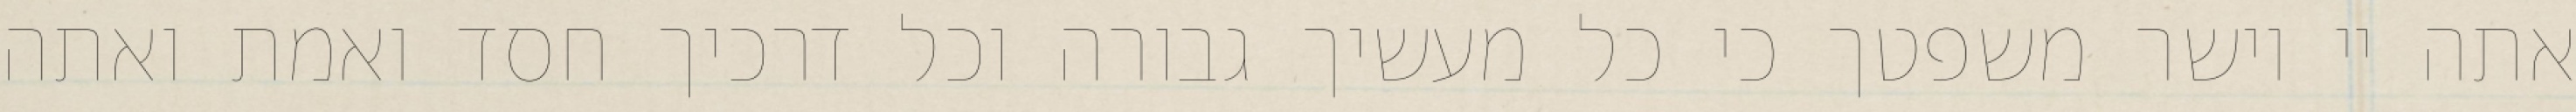
אתה יי וישר משפטך כי כל מעשיך גבורה וכל דרכיך חסד ואמת ואתה